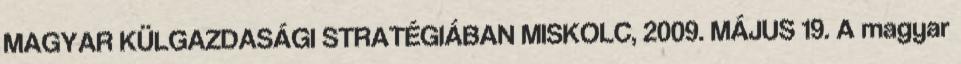
MAGYAR KÜLGAZDASÁGI STRATÉGIÁBAN MISKOLC, 2009. MÁJUS 19. A magyar